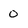
Character: 0